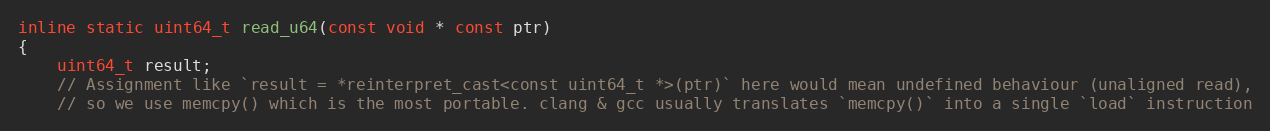
Language: C
inline static uint64_t read_u64(const void * const ptr)
{
    uint64_t result;
    // Assignment like `result = *reinterpret_cast<const uint64_t *>(ptr)` here would mean undefined behaviour (unaligned read),
    // so we use memcpy() which is the most portable. clang & gcc usually translates `memcpy()` into a single `load` instruction